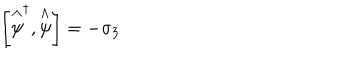
LaTeX: \left[ \stackrel { \wedge } { \psi } ^ { \dagger } , \stackrel { \wedge } { \psi } \right] = - \sigma _ { 3 }